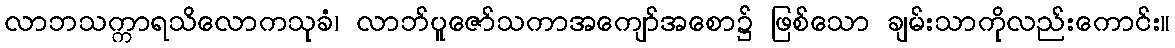
လာဘသက္ကာရသိလောကသုခံ၊ လာဘ်ပူဇော်သကာအကျော်အစော၌ ဖြစ်သော ချမ်းသာကိုလည်းကောင်း။